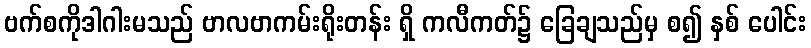
ဗက်စကိုဒါဂါးမသည် ဗာလဗာကမ်းရိုးတန်း ရှိ ကလီကတ်၌ ခြေချသည်မှ စ၍ နှစ် ပေါင်း